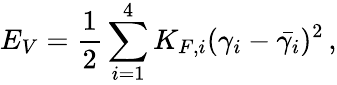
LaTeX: E_{V}=\frac{1}{2}\sum_{i=1}^{4}K_{F,i}(\gamma_{i}-\bar{\gamma_{i}})^{2}\, ,